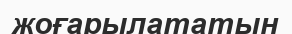
жоғарылататын